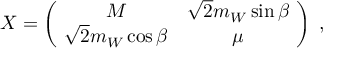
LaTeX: X = \left( \! \begin{array} { c c } { { M } } & { { \sqrt { 2 } m _ { W } \sin \beta } } \\ { { \sqrt { 2 } m _ { W } \cos \beta } } & { { \mu } } \end{array} \! \right) \; ,